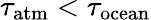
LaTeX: \tau_{\mathrm{atm}}<\tau_{\mathrm{ocean}}